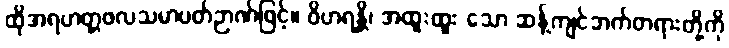
ထိုအရဟတ္တဖလသမာပတ်ဉာဏ်ဖြင့်။ ဝိဟရန္တိ၊ အထူးထူး သော ဆန့်ကျင်ဘက်တရားတို့ကို